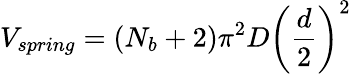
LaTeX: V_{spring}=(N_{b}+2)\pi^{2}D\left(\frac{d}{2}\right)^{2}